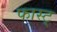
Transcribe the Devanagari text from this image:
फास्ट्